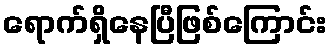
ရောက်ရှိနေပြီဖြစ်ကြောင်း